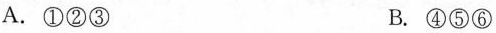
A.①②③ B.④⑤⑥